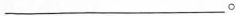
___。